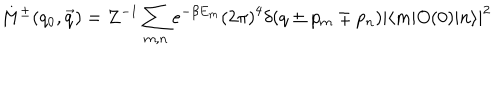
M ^ { \pm } ( q _ { 0 } , \vec { q } ) = Z ^ { - 1 } \sum _ { m , n } e ^ { - \beta E _ { m } } { ( 2 \pi ) } ^ { 4 } \delta ( q \pm p _ { m } \mp p _ { n } ) { | \langle m | O ( 0 ) | n \rangle | } ^ { 2 }